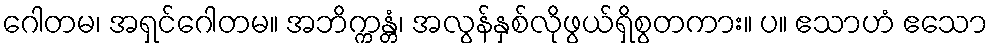
ဂေါတမ၊ အရှင်ဂေါတမ။ အဘိက္ကန္တံ၊ အလွန်နှစ်လိုဖွယ်ရှိစွတကား။ ပ။ ဧသာဟံ ဧသော